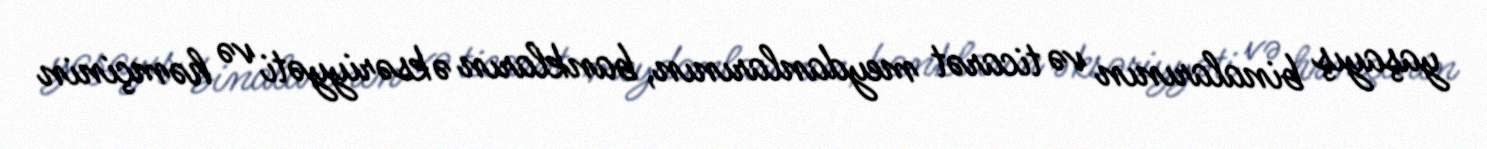
yaşayış binalarının və ticarət meydanlarının, bankların əksəriyyəti və həmçinin